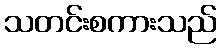
သတင်းစကားသည်